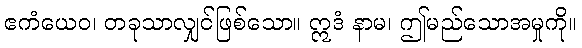
ဧကံယေဝ၊ တခုသာလျှင်ဖြစ်သော။ ဣဒံ နာမ၊ ဤမည်သောအမှုကို။